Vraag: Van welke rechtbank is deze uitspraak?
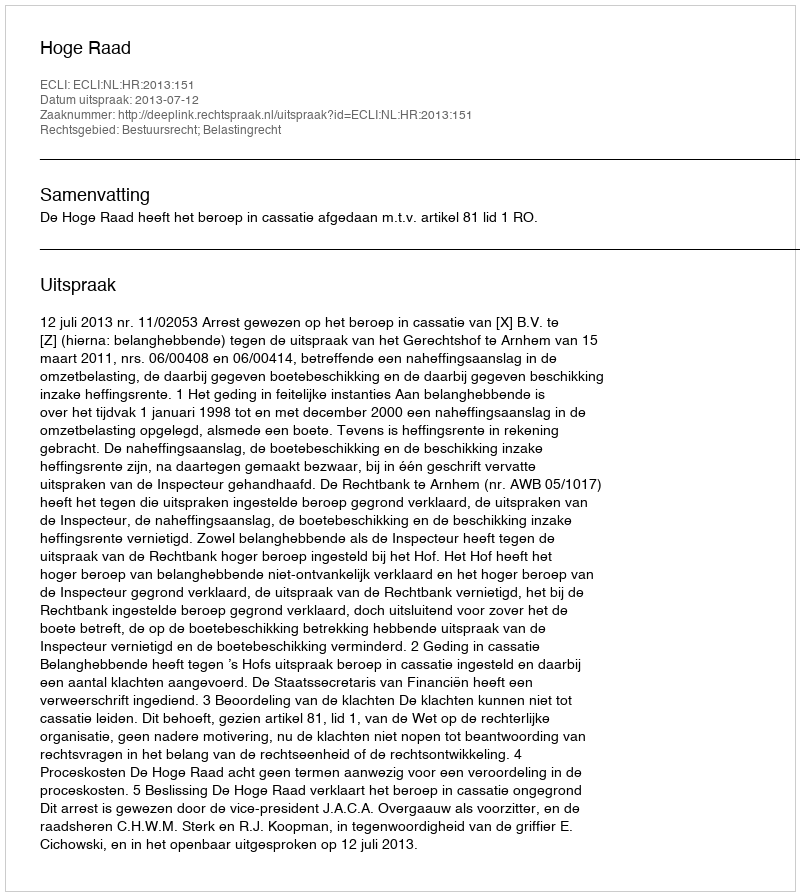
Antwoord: Hoge Raad